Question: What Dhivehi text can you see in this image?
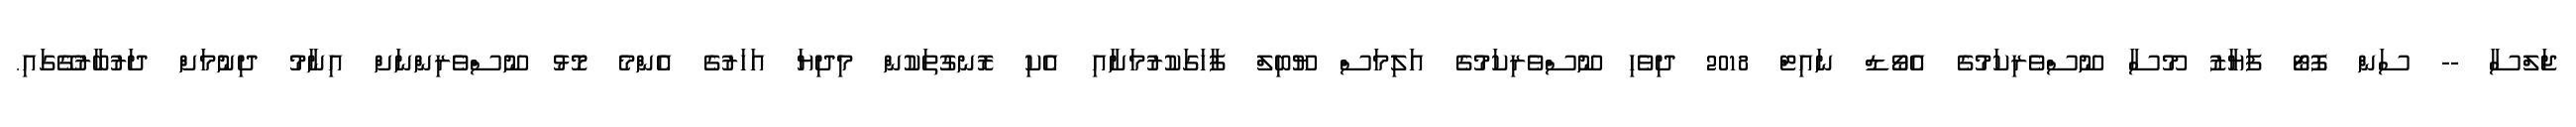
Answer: ޖަލްސާ -- ސަން ފޮޓޯ ފަޔާޒު މޫސާ ނޫސްވެރިކަމުގެ އެވޯޑް ނައިޓް 2018 ދިވެހި ނޫސްވެރިކަމުގެ އަލިމަސް ޔޫބިލް ފާހަގަކުރުމަށާއި އެކި ރޮނގުތަކުން މިދިޔަ އަހަރުގެ އެންމެ މޮޅު ނޫސްވެރިންނަށް އިނާމު ދިނުމަށް ދަރުބާރުގޭގައި.